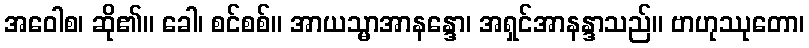
အဝေါစ၊ ဆို၏။ ခေါ၊ စင်စစ်။ အာယသ္မာအာနန္ဒော၊ အရှင်အာနန္ဒာသည်။ ဗာဟုဿုတော၊